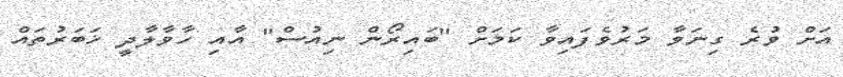
އަށް ވުރެ ގިނަވާ މަރުވެފައިވާ ކަމަށް "ބައިރޯން ނިއުސް" އާއި ހާވާލާދީ ޚަބަރުތައް